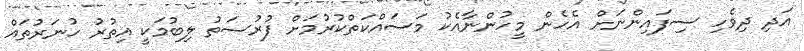
އަދި ދިވެހި ސިފައިންނަށް އެހެން މީހުންނާއެކު މަސައްކަތްކުރުމަށް ފުރުސަތު ލިބުމަކީ އިތުރު ހުނަރުތައް